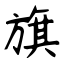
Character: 旗